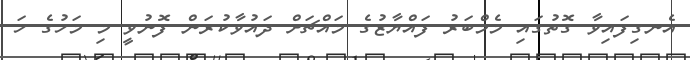
އެނގިފައިވާ ގޮތުގައި މެމްބަރު ފައްޔާޒުގެ މައްޗަށް ދައުވާކުރަން ފޮނުވީ މި މަހުގެ ހަ